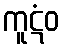
ကူဋံဝ